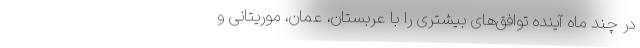
در چند ماه آینده توافق‌های بیشتری را با عربستان، عمان، موریتانی و